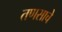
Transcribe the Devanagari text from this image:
तणसाचे